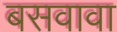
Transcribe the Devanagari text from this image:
बसवावा